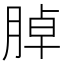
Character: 𦜰